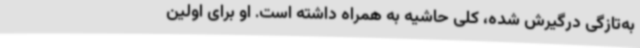
به‌تازگی درگیرش شده، کلی حاشیه به‌ همراه داشته است. او برای اولین